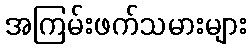
အကြမ်းဖက်သမားများ